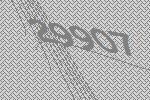
29907